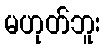
မဟုတ်ဘူး